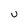
Character: u